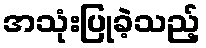
အသုံးပြုခဲ့သည့်